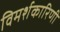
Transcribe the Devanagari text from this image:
विमर्शकारिणी